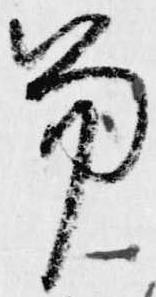
笏